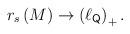
LaTeX: \begin{align*}r_s\left( M\right) \rightarrow \left( \ell _{{\sf Q}}\right) _{+}.\end{align*}